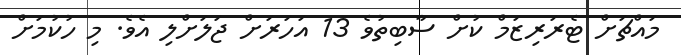
މައްޗަށް ޓެރަރިޒަމް ކުށް ސާބިތުވެ 13 އަހަރަށް ޖަލަށްލި އެވެ. މި ހުކުމަށް